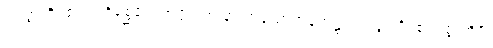
ပဝတ္တတိ၊ ၏။ ပရိစ္ဆေဒေ၊ အပိုင်းအခြားဟူသောအနက်၌။ ပဝတ္တတိ၊ ၏။ ဣတိပိ၊